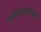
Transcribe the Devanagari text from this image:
एयरोडायनामिक्स